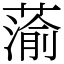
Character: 蕍